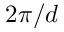
2 \pi / d